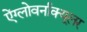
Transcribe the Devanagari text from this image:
ऐंग्लोवर्नाक्यूलर